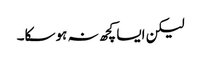
لیکن ایسا کچھ نہ ہوسکا۔